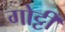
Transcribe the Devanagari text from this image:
गोट्टी